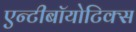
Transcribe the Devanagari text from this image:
एन्टीबॉयोटिक्स